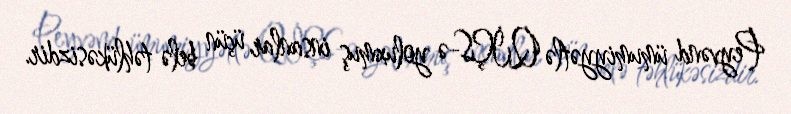
Peyvənd ümumiyyətlə QİÇS-ə yoluxmuş insanlar üçün belə təhlükəsizdir.